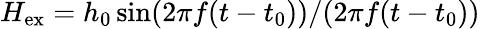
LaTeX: H_{\mathrm{ex}}=h_{0}\sin(2\pi f(t-t_{0}))/(2\pi f(t-t_{0}))